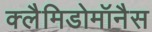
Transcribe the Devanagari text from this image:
क्लैमिडोमॉनैस